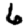
Digit: 6